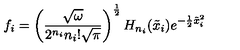
f _ { i } = \left( \frac { \sqrt { \omega } } { 2 ^ { n _ { i } } n _ { i } ! \sqrt { \pi } } \right) ^ { \frac { 1 } { 2 } } H _ { n _ { i } } ( \tilde { x } _ { i } ) e ^ { - \frac { 1 } { 2 } \tilde { x } _ { i } ^ { 2 } }